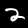
Digit: 2